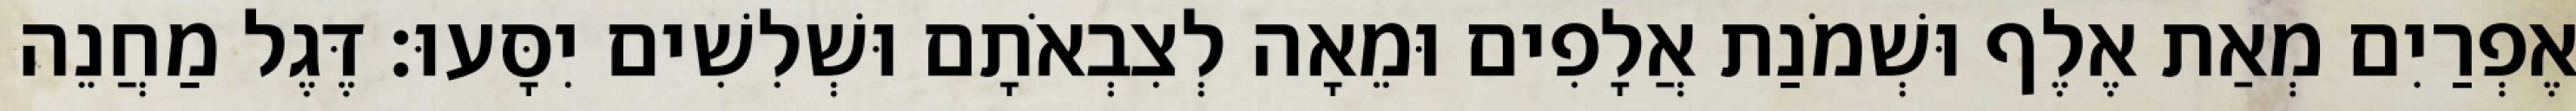
אֶפְרַיִם מְאַת אֶלֶף וּשְׁמֹנַת אֲלָפִים וּמֵאָה לְצִבְאֹתָם וּשְׁלִשִׁים יִסָּעוּ׃ דֶּגֶל מַחֲנֵה